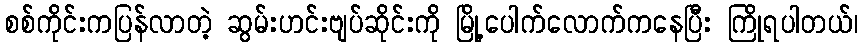
စစ်ကိုင်းကပြန်လာတဲ့ ဆွမ်းဟင်းဗျပ်ဆိုင်းကို မြို့ပေါက်လောက်ကနေပြီး ကြိုရပါတယ်၊